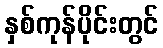
နှစ်ကုန်ပိုင်းတွင်